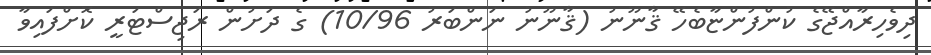
ދިވެހިރާއްޖޭގެ ކުންފުންޏާބެހޭ ޤާނޫނު (ޤާނޫނު ނަންބަރު 10/96) ގެ ދަށުން ރަޖިސްޓަރީ ކޮށްފައިވާ